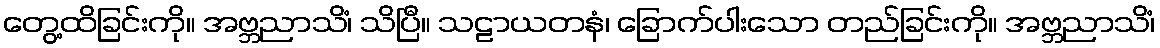
တွေ့ထိခြင်းကို။ အဗ္ဘညာသိံ၊ သိပြီ။ သဠာယတနံ၊ ခြောက်ပါးသော တည်ခြင်းကို။ အဗ္ဘညာသိံ၊